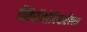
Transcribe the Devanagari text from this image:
ब्लिसॅनोबियारॅल्ला